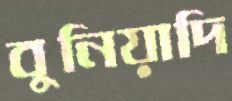
বুনিয়াদি